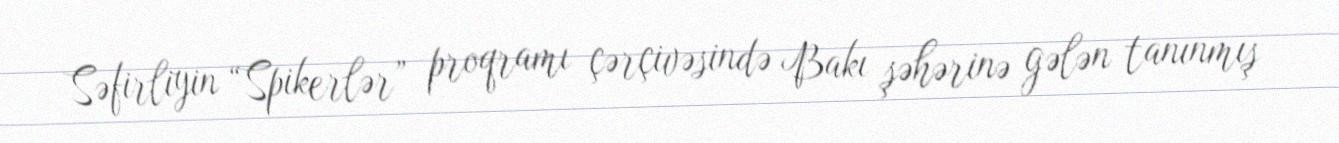
Səfirliyin “Spikerlər” proqramı çərçivəsində Bakı şəhərinə gələn tanınmış